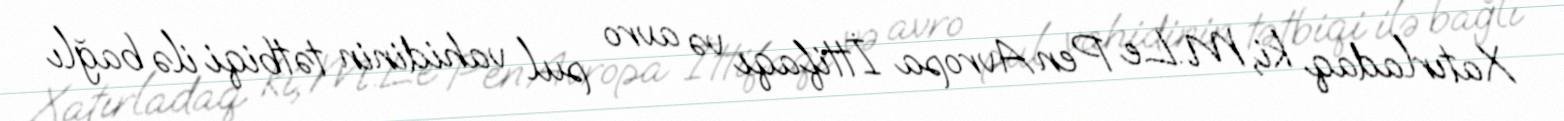
Xatırladaq ki, M.Le Pen Avropa İttifaqı və avro pul vahidinin tətbiqi ilə bağlı